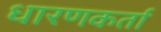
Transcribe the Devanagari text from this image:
धारणकर्ता